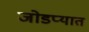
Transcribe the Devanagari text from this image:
जोडप्यात